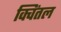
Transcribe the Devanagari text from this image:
क्विंतल